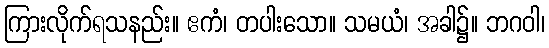
ကြားလိုက်ရသနည်း။ ဧကံ၊ တပါးသော။ သမယံ၊ အခါ၌။ ဘဂဝါ၊